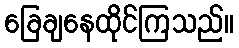
ခြေချနေထိုင်ကြသည်။